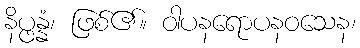
နိပ္ဖန္နံ၊ ဖြစ်၏။ ဝါပနရောပနဝသေန၊